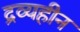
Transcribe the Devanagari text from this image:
द्रव्यहीन